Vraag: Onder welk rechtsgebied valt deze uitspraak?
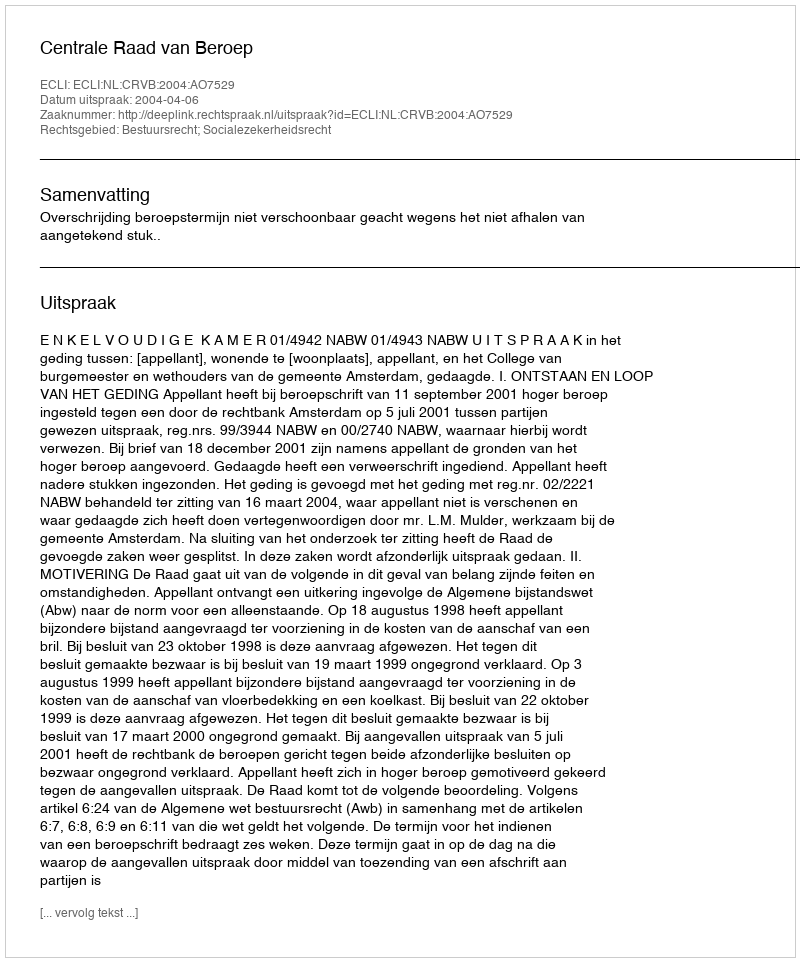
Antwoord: Bestuursrecht; Socialezekerheidsrecht